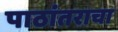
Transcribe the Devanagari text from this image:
पाठांतराचा